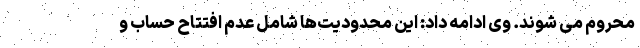
محروم می شوند. وی ادامه داد: این محدودیت‌ها شامل عدم افتتاح حساب و